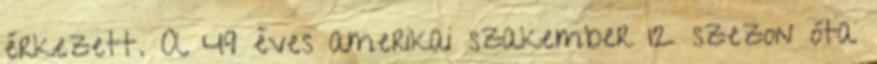
érkezett. A 49 éves amerikai szakember 12 szezon óta